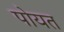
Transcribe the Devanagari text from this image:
पोयत